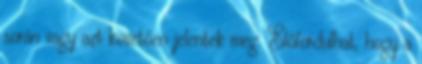
során vagy azt követően jelentek meg. Előfordulhat, hogy a